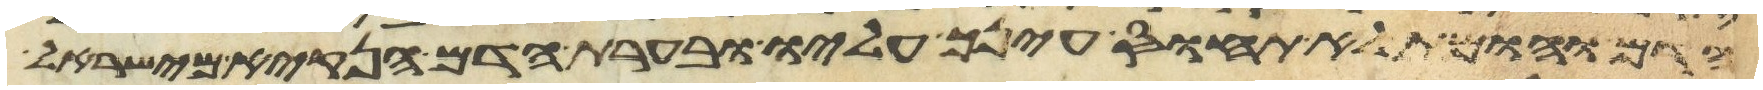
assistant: הדם והומת לא תחוס עינך עליו ובערת הדם הנקיא מישראל